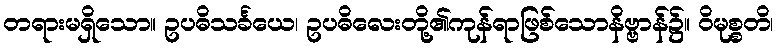
တရားမရှိသော။ ဥပဓိသင်္ခယေ၊ ဥပဓိလေးတို့၏ကုန်ရာဖြစ်သောနိဗ္ဗာန်၌။ ဝိမုစ္စတိ၊